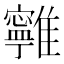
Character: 𩁔